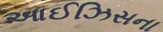
આઈઝિસના